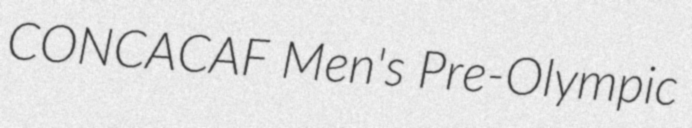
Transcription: CONCACAF Men's Pre-Olympic